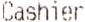
CASHIER